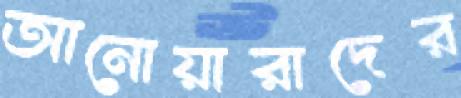
আনোয়ারাদের